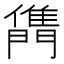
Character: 𨶊